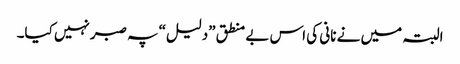
البتہ میں نے نانی کی اس بے منطق ”دلیل“ پہ صبرنہیں کیا۔